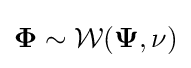
{\mathbf {\Phi } }\sim {\mathcal {W}}({\mathbf {\Psi } },\nu )